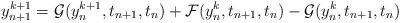
LaTeX: \begin{align*}y^{k+1}_{n+1} = \mathcal{G}(y^{k+1}_{n}, t_{n+1}, t_{n}) + \mathcal{F}(y^{k}_{n}, t_{n+1}, t_{n}) - \mathcal{G}(y^{k}_{n}, t_{n+1}, t_{n})\end{align*}